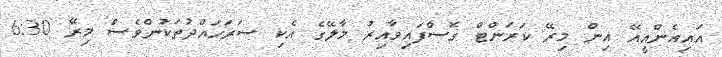
އައިއެންއީއޭ އިން މިރޭ ކަރަންޓް ގޮސްފައިވާއިރު މާލޭގެ އެކި ސަރަހައްދުތަކުންވެސް މިރޭ 6:30